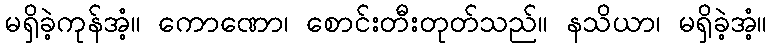
မရှိခဲ့ကုန်အံ့။ ကောဏော၊ စောင်းတီးတုတ်သည်။ နသိယာ၊ မရှိခဲ့အံ့။